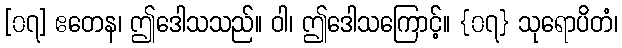
[၀၇] ဧတေန၊ ဤဒေါသသည်။ ဝါ၊ ဤဒေါသကြောင့်။ {၀၇} သုရောပိတံ၊